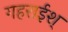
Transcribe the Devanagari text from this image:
गहराईश्